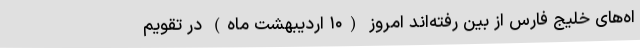
اه‌های خلیج فارس از بین رفته‌اند امروز (۱۰ اردیبهشت ماه) در تقویم